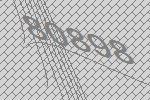
80898